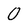
Character: O